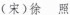
(宋)徐照